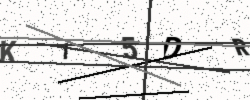
Text: K15DR